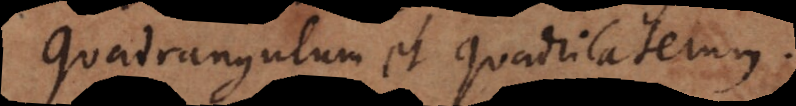
Quadrangulum et Quadrilaterum.